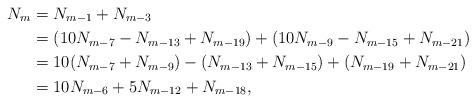
LaTeX: \begin{align*}N_{m}&=N_{m-1}+N_{m-3}\\&=(10N_{m-7}-N_{m-13}+N_{m-19})+(10N_{m-9}-N_{m-15}+N_{m-21})\\&=10(N_{m-7}+N_{m-9})-(N_{m-13}+N_{m-15})+(N_{m-19}+N_{m-21}) \\&=10N_{m-6}+5N_{m-12}+N_{m-18},\end{align*}